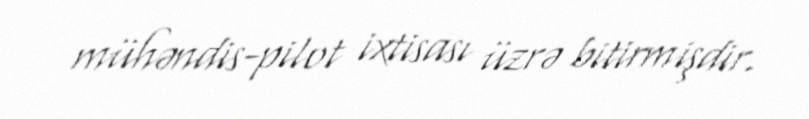
mühəndis-pilot ixtisası üzrə bitirmişdir.